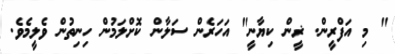
" މި އަފްރީން. ޜީން ކިޔާނީ" އަހަރެން ސަލާން ކޮށްލަމުން ހިނިތުން ވެލީމެވެ.